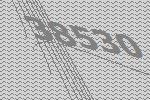
38530